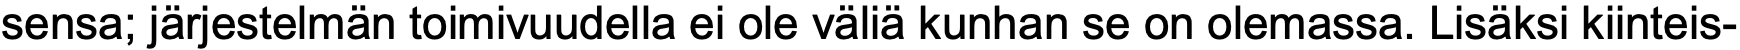
sensa; järjestelmän toimivuudella ei ole väliä kunhan se on olemassa. Lisäksi kiinteis-